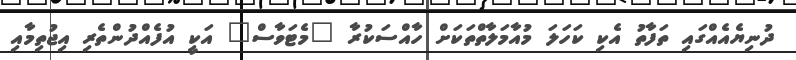
ދުނިޔެއެއްގައި ތަފާތު އެކި ކަހަލަ މުއާމަލާތްތަކަށް ހާއްސަކުރާ "މެޓަވާސް" އަކީ އުފެއްދުންތެރި އިޖުތިމާއި